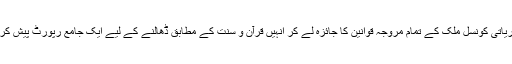
اسلامی نظریاتی کونسل ملک کے تمام مروجہ قوانین کا جائزہ لے کر انہیں قرآن و سنت کے مطابق ڈھالنے کے لیے ایک جامع رپورٹ پیش کر چکی ہے۔